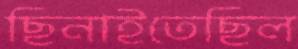
ছিনাইতেছিল